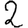
Digit: 2